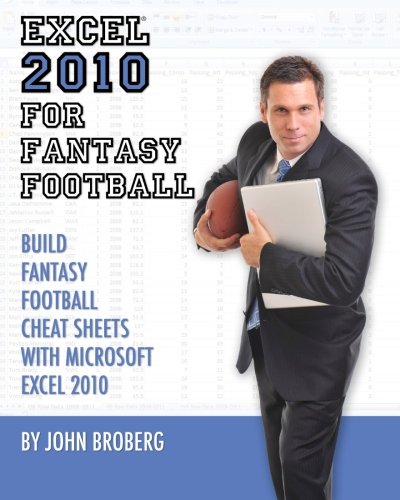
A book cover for Excel 2010 for Fantasy Football: 8 Steps to Custom Fantasy Football Cheat Sheets with Microsoft Excel 2010; John Broberg; Humor & Entertainment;